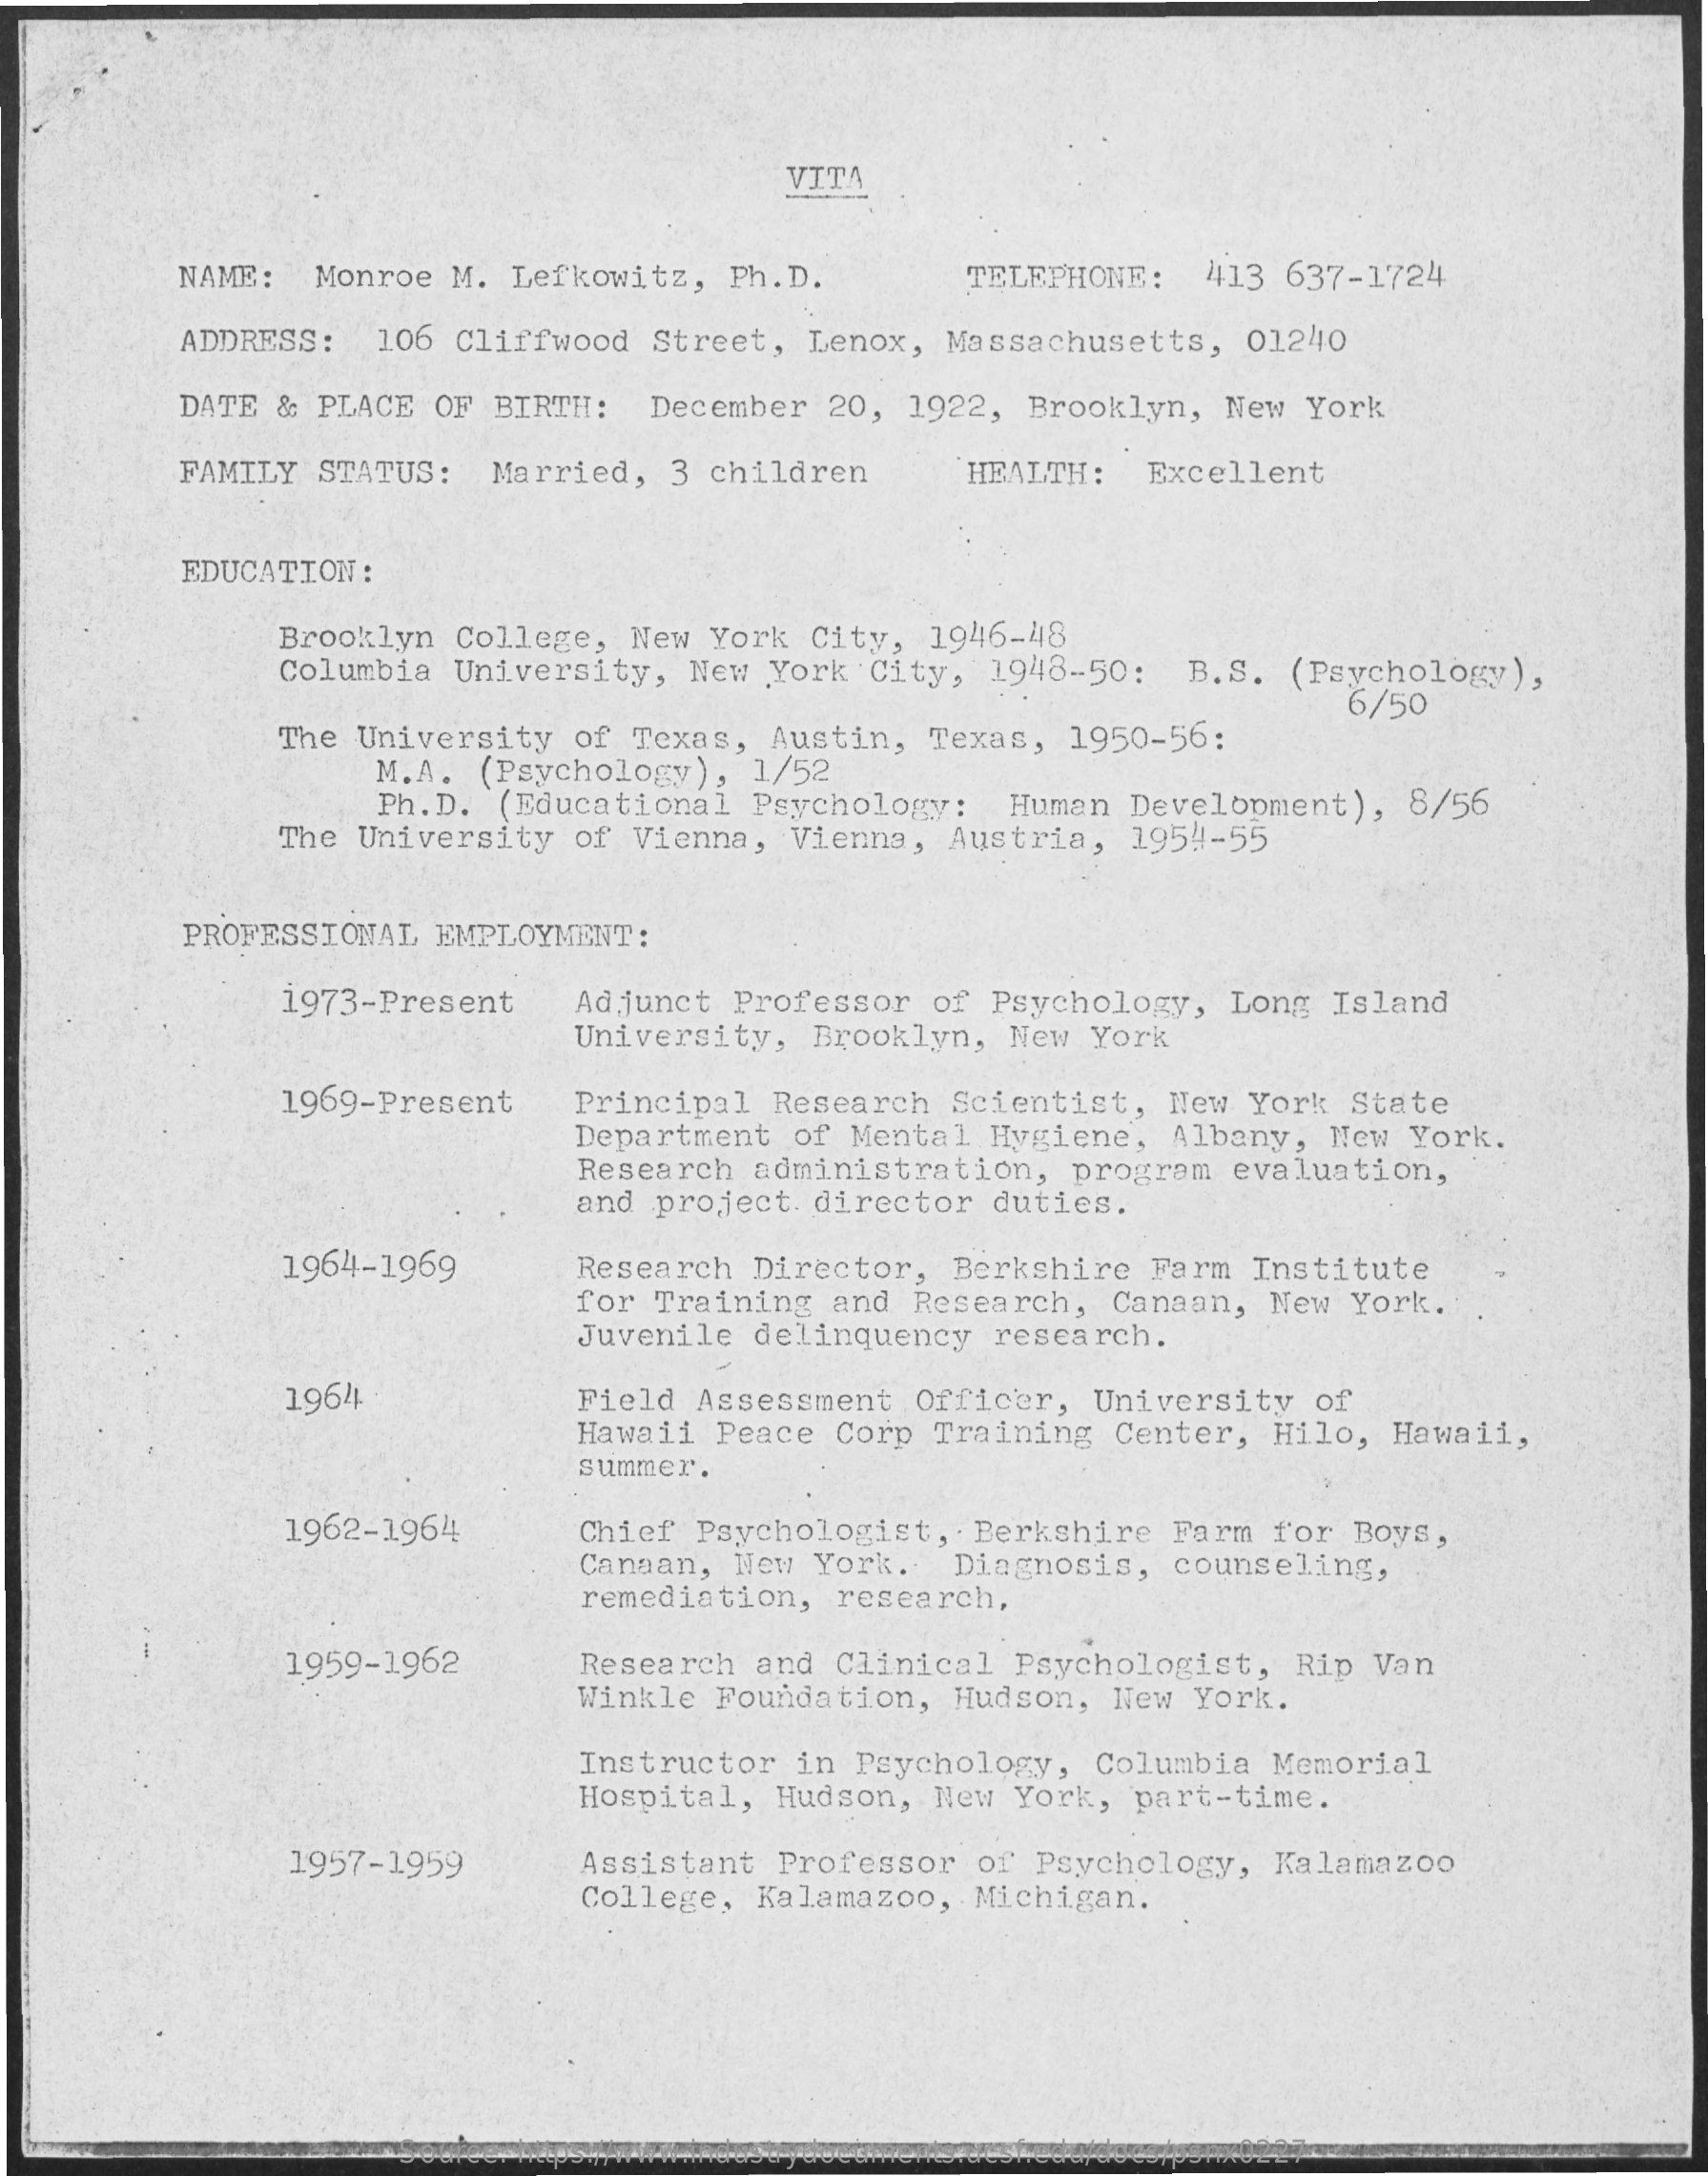
VITA
     NAME:   Monroe   M.  Lefkowitz,    Ph.D.    TELEPHONE:    413   637-1724
     ADDRESS:    106  Cliffwood    Street,    Lenox,   Massachusetts,    01240
     DATE  &  PLACE  OF  BIRTH:    December    20,  1922,   Brooklyn,    New  York
     FAMILY   STATUS:    Married,    3 children    HEALTH:    Excellent
     EDUCATION   :
     Brooklyn    College,   New  York   City,   1946-48
     Columbia    University,    New  York   City,   1948-50:    B.S.   (Psychology),
     The  University    of  Texas,   Austin,   Texas,    1950-56:
     6/50
     M.A.  (Psychology),    1/52
     Ph.D.  (Educational    Psychology:    Human   Development),    8/56
     The  University    of  Vienna,   Vienna,    Austria,    1954-55
     PROFESSIONAL    EMPLOYMENT:
     1973-Present    Adjunct  Professor    of  Psychology,    Long   Island
     University,    Brooklyn,    New  York
     1969-Present    Principal   Research    Scientist,    New  York   State
     Department    of Mental   Hygiene,    Albany,   New   York.
     Research   administration,    program   evaluation,
     and  project   director    duties.
     1964-1969    Research   Director,    Berkshire    Farm  Institute
     for  Training   and  Research,    Canaan,   New   York.
     Juvenile   delinquency    research.
     1964    Field  Assessment    Officer,    University    of
     Hawaii  Peace   Corp   Training   Center,    Hilo,  Hawaii,
     summer.
     1962-1964    Chief  Psychologist,    Berkshire    Farm   for  Boys,
     Canaan,   New  York.    Diagnosis,    counseling,
     remediation,    research,
     1959-1962    Research   and  Clinical    Psychologist,    Rip  Van
     Winkle  Foundation,    Hudson,   New   York.
     Instructor    in  Psychology,    Columbia    Memorial
     Hospital,   Hudson,    New  York,   part-time.
     1957-1959    Assistant   Professor    of Psychology,    Kalamazoo
     College,   Kalamazoo,    Michigan.
     Source: https://www.industrydocuments.ucsf.edu/docs/psnx0227